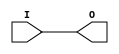
module IBUFG_GTLP_DCI (O, I);

    output O;

    input  I;

	buf B1 (O, I);


endmodule